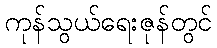
ကုန်သွယ်ရေးဇုန်တွင်